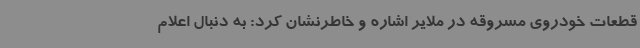
قطعات خودروی مسروقه در ملایر اشاره و خاطرنشان کرد: به دنبال اعلام